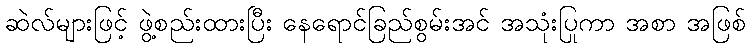
ဆဲလ်များဖြင့် ဖွဲ့စည်းထားပြီး နေရောင်ခြည်စွမ်းအင် အသုံးပြုကာ အစာ အဖြစ်